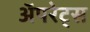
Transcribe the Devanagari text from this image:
अॅपरेट्स